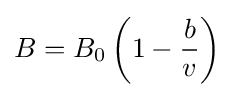
B=B_{0}\left(1-{\frac {b}{v}}\right)